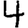
Digit: 4